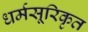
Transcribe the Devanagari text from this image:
धर्मसूरिकृत